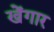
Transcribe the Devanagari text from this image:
खेंगार